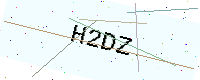
Text: H2DZ